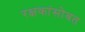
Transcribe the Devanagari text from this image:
रक्षकांसोबत